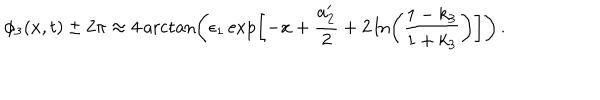
\phi _ { 3 } ( x , t ) \pm 2 \pi \approx 4 \operatorname { a r c t a n } \left( \epsilon _ { 1 } \exp \left[ - x + \frac { a _ { 2 } ^ { \prime } } { 2 } + 2 \ln \left( \frac { 1 - k _ { 3 } } { 1 + k _ { 3 } } \right) \right] \right) \, .